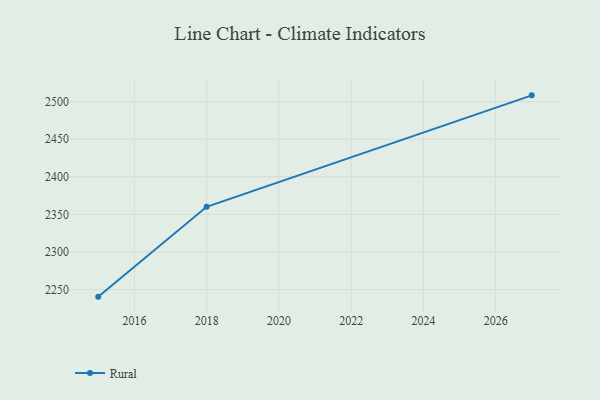
{"axis": {"x": "Year", "y": "Temperature (°C)"}, "legend": ["Rural"], "data": [{"x": "2027", "y": 2508.3, "type": "Rural"}, {"x": "2018", "y": 2360.1, "type": "Rural"}, {"x": "2015", "y": 2240.7, "type": "Rural"}]}